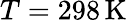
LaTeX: T=298\, \mathrm{K}